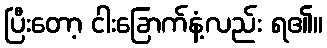
ပြီးတော့ ငါးခြောက်နံ့လည်း ရ၏။